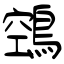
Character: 鵼